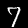
Label: 7